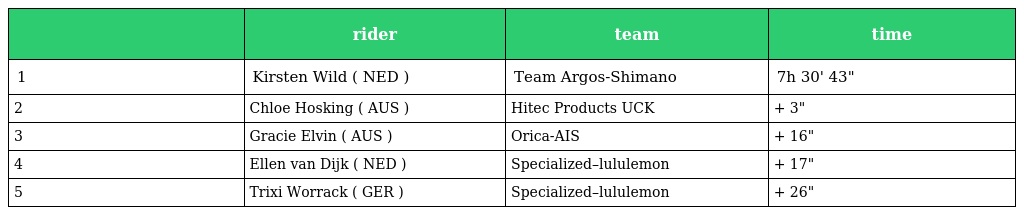
|  | rider | team | time |
 | --- | --- | --- | --- |
 | 1 | Kirsten Wild ( NED ) | Team Argos-Shimano | 7h 30' 43" |
 | 2 | Chloe Hosking ( AUS ) | Hitec Products UCK | + 3" |
 | 3 | Gracie Elvin ( AUS ) | Orica-AIS | + 16" |
 | 4 | Ellen van Dijk ( NED ) | Specialized–lululemon | + 17" |
 | 5 | Trixi Worrack ( GER ) | Specialized–lululemon | + 26" |